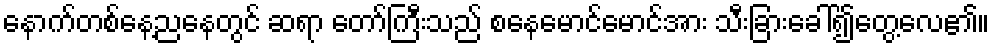
နောက်တစ်နေ့ညနေတွင် ဆရာ တော်ကြီးသည် စနေမောင်မောင်အား သီးခြားခေါ်၍တွေ့လေ၏။